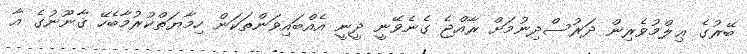
ބޭރުގެ ޢިލްމުވެރިން ދަރުސްދިނުމަށް ރާއްޖެ ގެނެވޭނީ ދީނީ އެއްބައިވަންތަކަން ހިމާޔަތްކުރުމާބެހޭ ޤާނޫނުގެ އާ